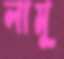
লামু